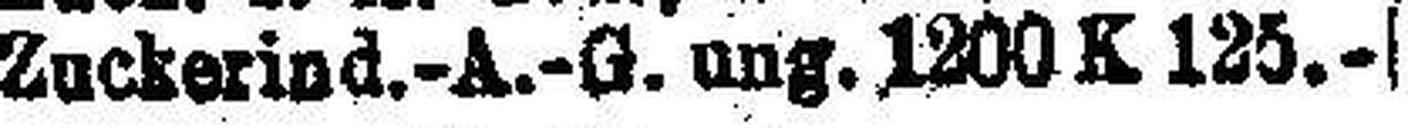
Zuckerind.-A.-G. ung. 1200 K 125.—